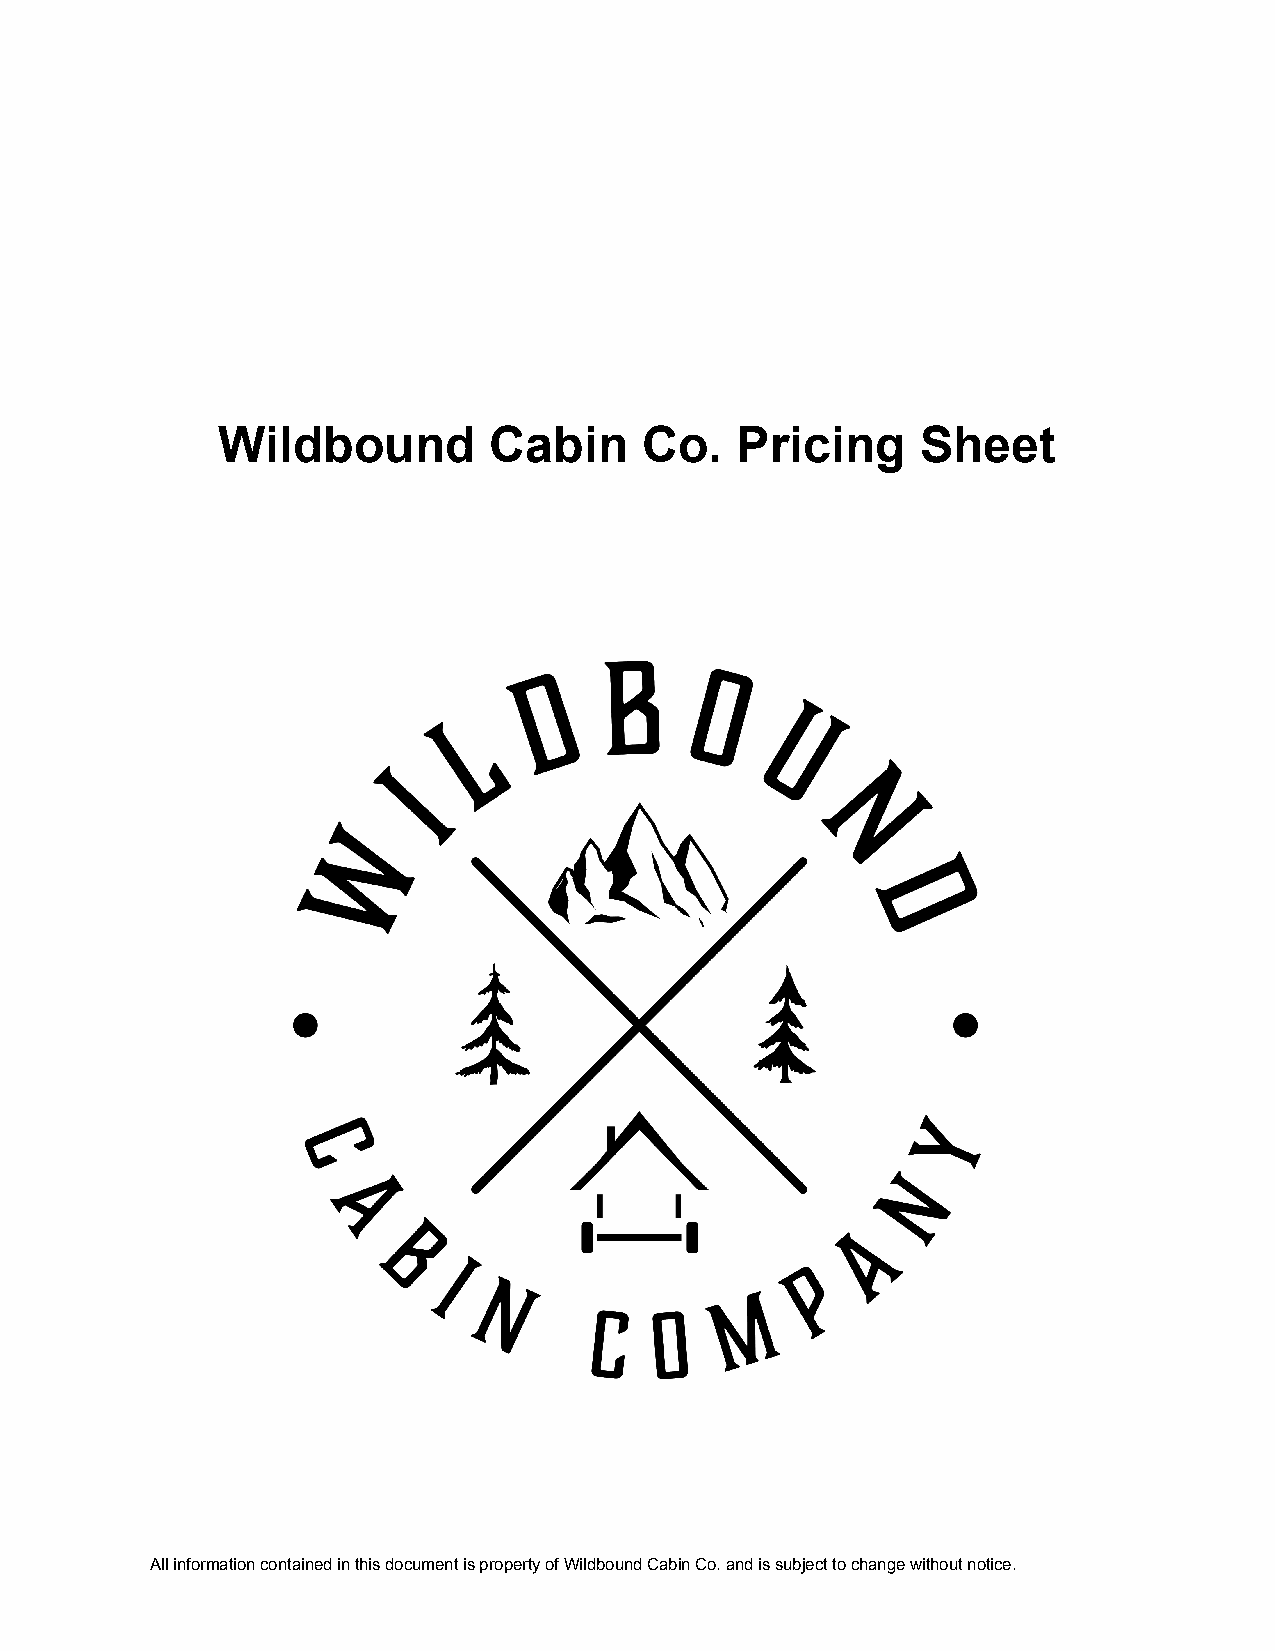
Wildbound         Cabin      Co.   Pricing     Sheet
 All information contained in this document is propertyof Wildbound Cabin Co. and is subject to change withoutnotice.